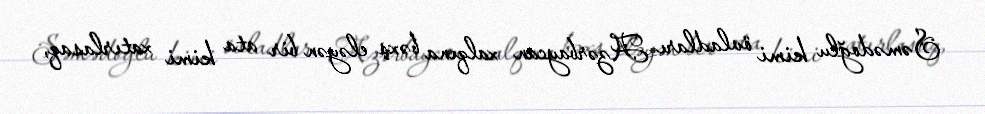
Səmədoğlu kimi övladları Azərbaycan xalqına bəxş eləyən bir ata kimi xatırlasaq,